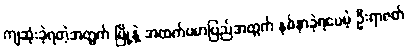
ကျဆုံးခဲ့ရတဲ့အတွက် မြို့နဲ့ အထက်ဗမာပြည်အတွက် နစ်နာခဲ့ရပေမဲ့ ဦးရာဇတ်